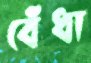
বেঁধা